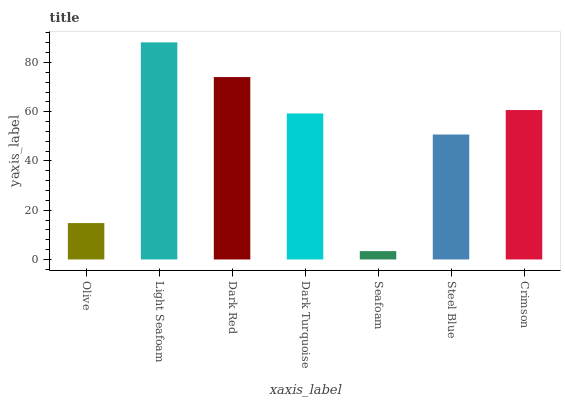
| xaxis_label | bars |
 | --- | --- |
 | Olive | 14.8 |
 | Light Seafoam | 88.2 |
 | Dark Red | 74.1 |
 | Dark Turquoise | 59.3 |
 | Seafoam | 3.39 |
 | Steel Blue | 50.7 |
 | Crimson | 60.7 |